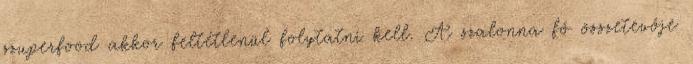
szuperfood akkor feltétlenül folytatni kell. A szalonna fő összetevője